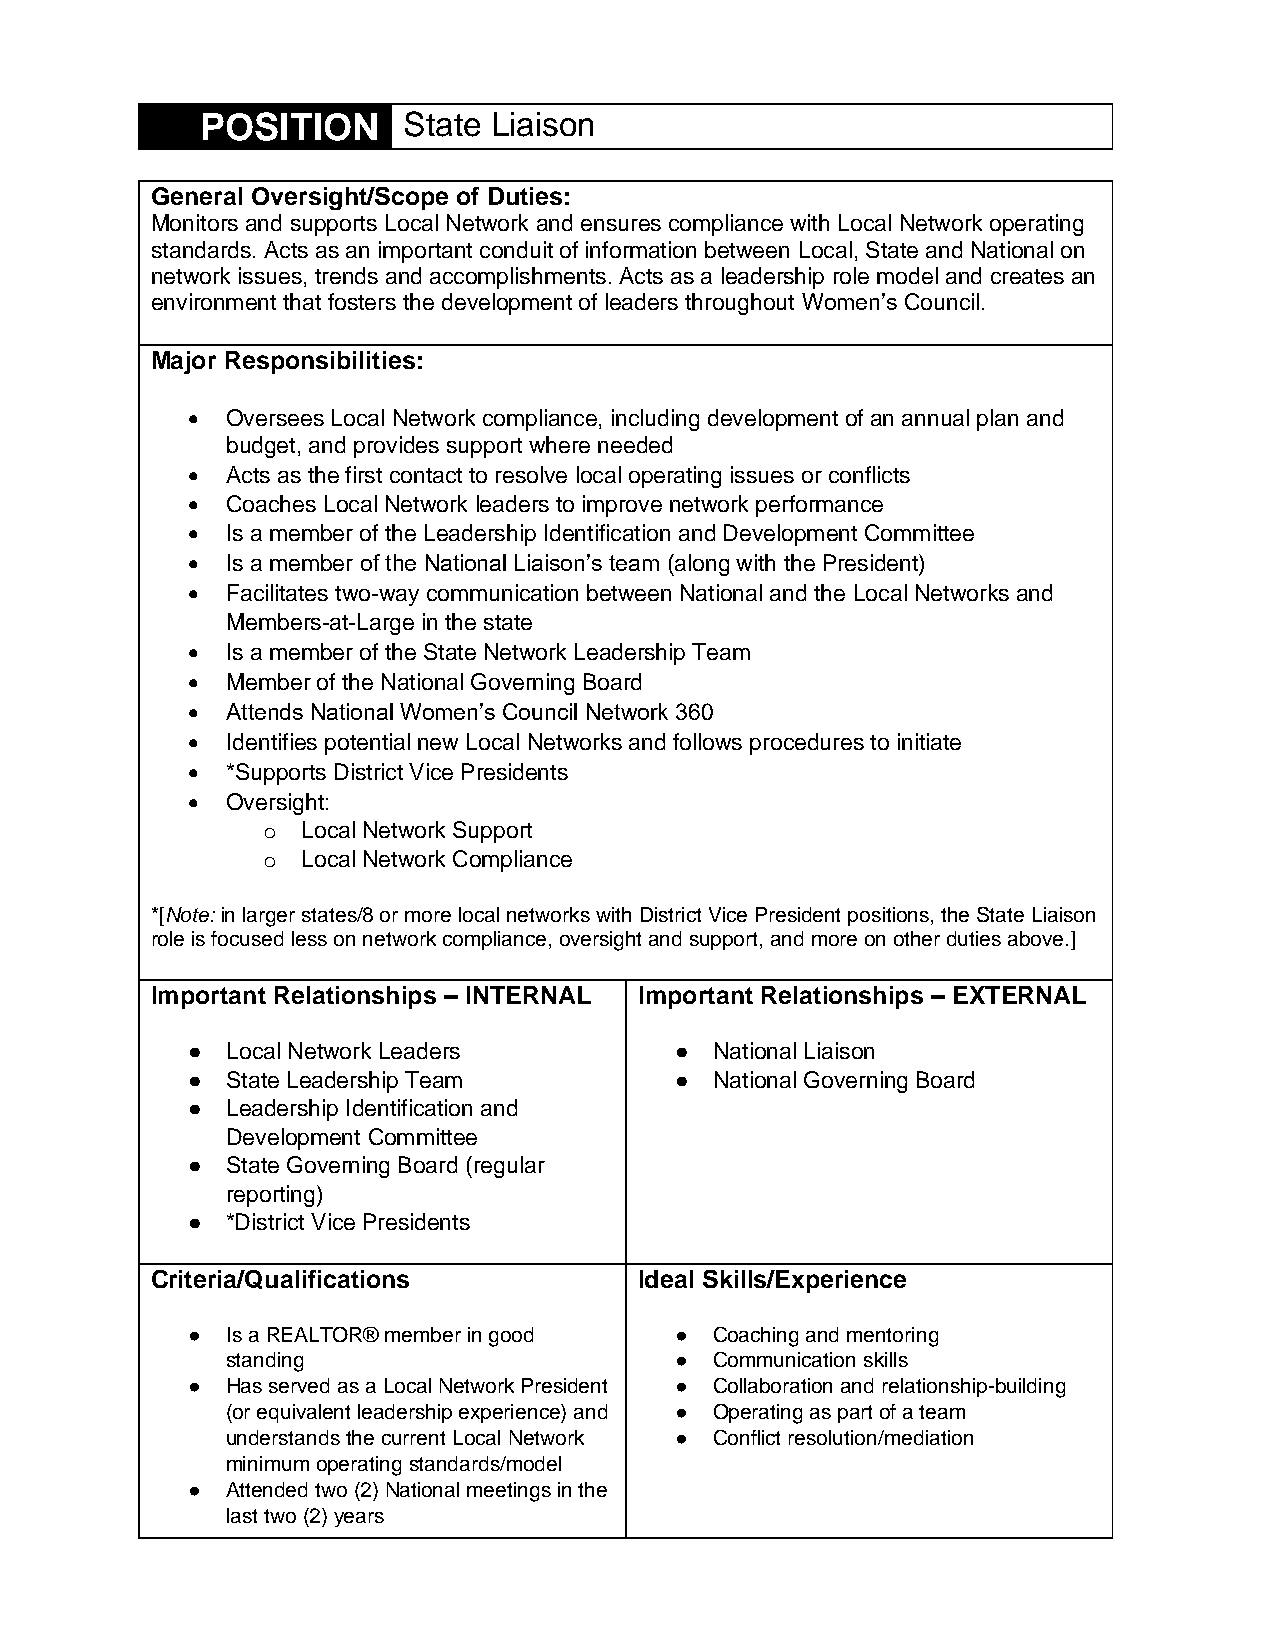
POSITION      State Liaison
 General Oversight/Scope of Duties:
 Monitors and supports Local Network and ensures compliance with Local Network operating
 standards. Acts as an important conduit of information between Local, State and National on
 network issues, trends and accomplishments. Acts as a leadership role model and creates an
 environment that fosters the development of leaders throughout Women’s Council.
 Major Responsibilities:
 •  Oversees Local Network compliance, including development of an annual plan and
 budget, and provides support where needed
 •  Acts as the first contact to resolve local operating issues or conflicts
 •  Coaches Local Network leaders to improve network performance
 •  Is a member of the Leadership Identification and Development Committee
 •  Is a member of the National Liaison’s team (along with the President)
 •  Facilitates two-way communication between National and the Local Networks and
 Members-at-Large in the state
 •  Is a member of the State Network Leadership Team
 •  Member of the National Governing Board
 •  Attends National Women’s Council Network 360
 •  Identifies potential new Local Networks and follows procedures to initiate
 •  *Supports District Vice Presidents
 •  Oversight:
 o  Local Network Support
 o  Local Network Compliance
 *[Note: in larger states/8 or more local networks with District Vice President positions, the State Liaison
 role is focused less on network compliance, oversight and support, and more on other duties above.]
 Important Relationships – INTERNAL Important Relationships – EXTERNAL
 ●  Local Network Leaders         ● National Liaison
 ●  State Leadership Team         ● National Governing Board
 ●  Leadership Identification and
 Development Committee
 ●  State Governing Board (regular
 reporting)
 ●  *District Vice Presidents
 Criteria/Qualifications         Ideal Skills/Experience
 ●  Is a REALTOR® member in good  ● Coaching and mentoring
 standing                      ● Communication skills
 ●  Has served as a Local Network President ● Collaboration and relationship-building
 (or equivalent leadership experience) and ● Operating as part of a team
 understands the current Local Network ● Conflict resolution/mediation
 minimum operating standards/model
 ●  Attended two (2) National meetings in the
 last two (2) years